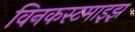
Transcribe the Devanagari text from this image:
विनकस्टमाइझ